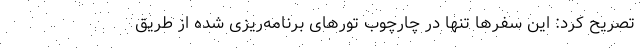
تصریح کرد: این سفرها تنها در چارچوب تورهای برنامه‌ریزی شده از طریق